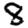
Digit: 8